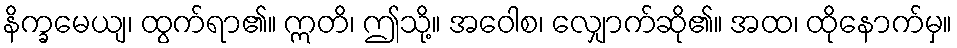
နိက္ခမေယျ၊ ထွက်ရာ၏။ ဣတိ၊ ဤသို့။ အဝေါစ၊ လျှောက်ဆို၏။ အထ၊ ထိုနောက်မှ။